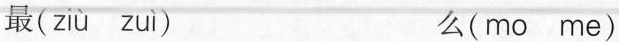
最( ziù zuì ) 么(mo me)